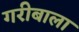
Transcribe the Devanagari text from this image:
गरीबाला